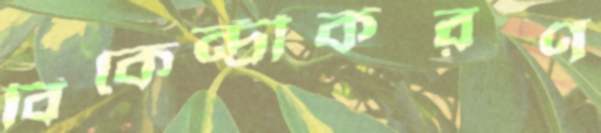
বিকেন্দ্রীকরণ